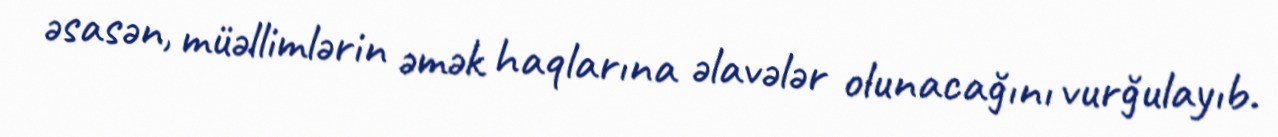
əsasən, müəllimlərin əmək haqlarına əlavələr olunacağını vurğulayıb.